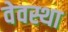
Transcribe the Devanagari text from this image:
वेवस्था